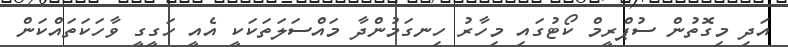
އަދި މިގޮތުން ސުޕްރީމް ކޯޓުގައި މިހާރު ހިނގަމުންދާ މައްސަލަތަކަކީ އެއީ ހަގީގީ ވާހަކަތައްކަން